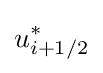
u_{i+1/2}^{*}